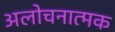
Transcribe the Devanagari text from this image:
अलोचनात्मक